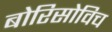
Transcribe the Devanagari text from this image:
बोरिसोविच